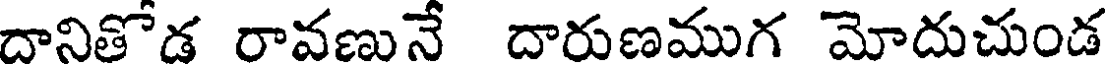
దానితోడ రావణునే దారుణముగ మోదుచుండ